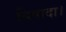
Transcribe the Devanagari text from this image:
बिषादा।